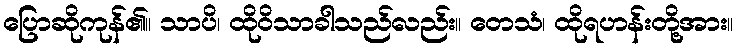
ပြောဆိုကုန်၏။ သာပိ၊ ထိုဝိသာခါသည်လည်း။ တေသံ၊ ထိုရဟန်းတို့အား။